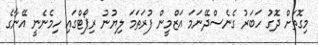
މިގޮތަށް ދޮގު ހަބަރު ގެނެސްދޭނަމަ އަޒްމީން ފުރަތަމަ ލިޔުނު ރިޕޯޓްގައި ހިމެނެނީ އޭނާގެ